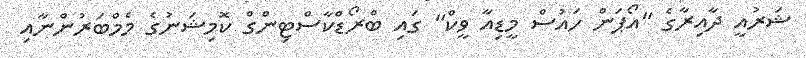
ޝަރުއީ ދާއިރާގެ "އޯޕަން ހައުސް މީޑިއާ ވީކް" ގައި ބްރޯޑްކާސްޓިންގް ކޮމިޝަނުގެ މެމްބަރުންނާއި